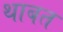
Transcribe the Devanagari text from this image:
थाबत